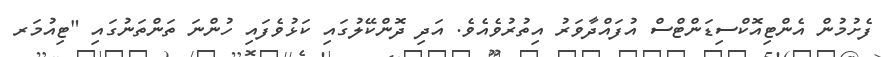
ފެށުމުން އެންޓިއޮކްސިޑަންޓްސް އުފައްދާވަރު އިތުރުވެެއެވެ. އަދި ދޮންކޭލުގައި ކަޅުވެފައި ހުންނަ ތަންތަނުގައި "ޓިއުމަރ